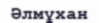
Әлмұхан